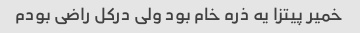
خمیر پیتزا یه ذره خام بود ولی درکل راضی بودم